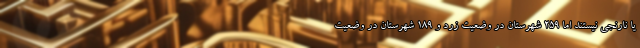
یا نارنجی نیستند اما ۲۵۹ شهرستان در وضعیت زرد و ۱۸۹ شهرستان در وضعیت